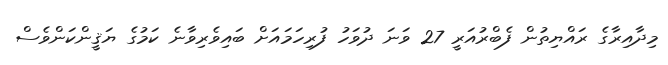
މިދާއިރާގެ ރައްޔިތުން ފެބްރުއަރީ 27 ވަނަ ދުވަހު ފުރިހަމައަށް ބައިވެރިވާނެ ކަމުގެ ޔަޤީންކަންވެސް